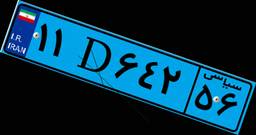
۲۰D۵۱۸۲۱